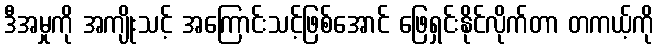
ဒီအမှုကို အကျိုးသင့် အကြောင်းသင့်ဖြစ်အောင် ဖြေရှင်းနိုင်လိုက်တာ တကယ့်ကို